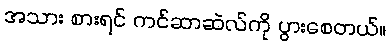
အသား စားရင် ကင်ဆာဆဲလ်ကို ပွားစေတယ်။